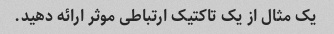
یک مثال از یک تاکتیک ارتباطی موثر ارائه دهید.